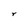
Character: r